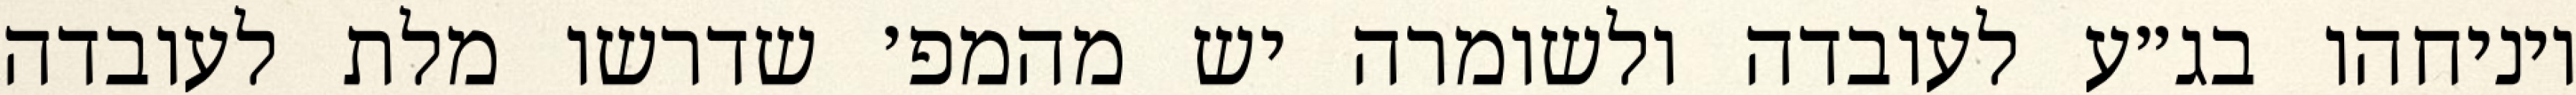
ויניחהו בג״ע לעובדה ולשומרה יש מהמפ׳ שדרשו מלת לעובדה